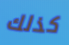
كذلك